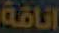
اناقة